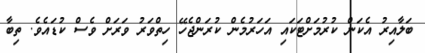
ބަލާއިރު އެކަން ކުރުމަށްޓަކައި އަހަރުމެން ކުރަންޖެހޭ ހިތްވަރު ވަރަށް ވެސް ކުޑައެވެ. ތިބާ